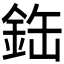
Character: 𫒘